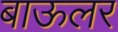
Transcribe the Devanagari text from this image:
बाऊलर